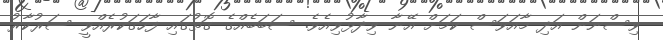
ވިސްނަން އަދި މާއަވަސް ކަމަށް އޭނާ ވިދާޅުވިއެވެ. ސަބަބެއްގެ ގޮތުގައި ފާހަގަކުރެއްވީ ސަރުކާރު